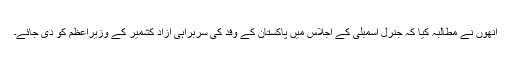
انھوں نے مطالبہ کیا کہ جنرل اسمبلی کے اجلاس میں پاکستان کے وفد کی سربراہی آزاد کشمیر کے وزیراعظم کو دی جائے۔